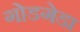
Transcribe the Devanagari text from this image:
गोडगेडा